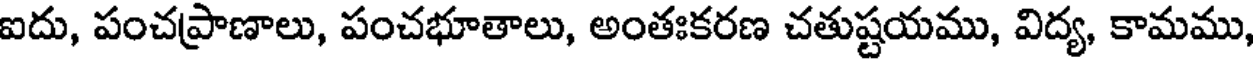
ఐదు, పంచప్రాణాలు, పంచభూతాలు, అంతఃకరణ చతుష్టయము, విద్య, కామము,